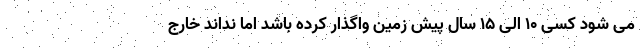
می شود کسی ۱۰ الی ۱۵ سال پیش زمین واگذار کرده باشد اما نداند خارج